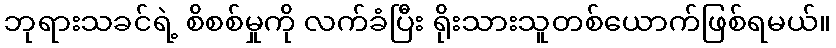
ဘုရားသခင်ရဲ့ စိစစ်မှုကို လက်ခံပြီး ရိုးသားသူတစ်ယောက်ဖြစ်ရမယ်။